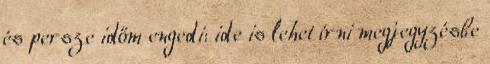
és persze időm engedi: ide is lehet írni megjegyzésbe